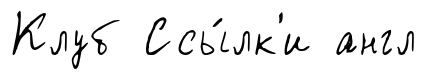
Клуб Ссы́лк'и англ